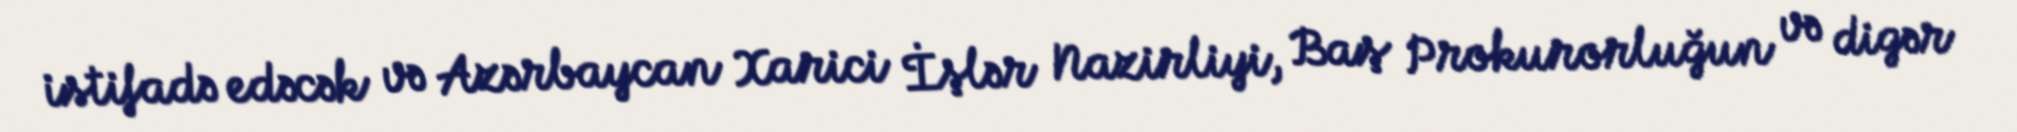
istifadə edəcək və Azərbaycan Xarici İşlər Nazirliyi, Baş Prokurorluğun və digər